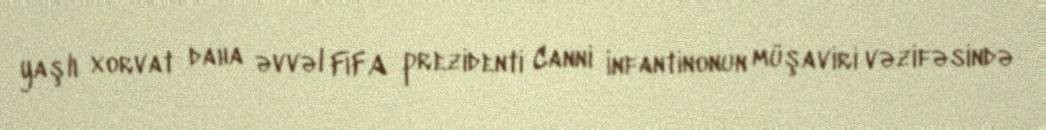
yaşlı xorvat daha əvvəl FİFA prezidenti Canni İnfantinonun müşaviri vəzifəsində